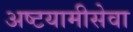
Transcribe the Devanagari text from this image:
अष्टयामीसेवा